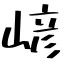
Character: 嵃